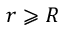
r \geqslant R